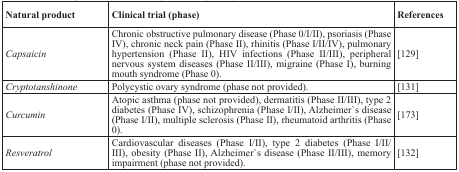
| Natural product | Clinical trial (phase) | References |
 | --- | --- | --- |
 | Capsaicin | Chronic obstructive pulmonary disease (Phase 0/I/II), psoriasis (Phase IV), chronic neck pain (Phase II), rhinitis (Phase I/II/IV), pulmonary hypertension (Phase II), HIV infections (Phase II/III), peripheral nervous system diseases (Phase II/III), migraine (Phase I), burning mouth syndrome (Phase 0). | [129] |
 | Cryptotanshinone | Polycystic ovary syndrome (phase not provided). | [131] |
 | Curcumin | Atopic asthma (phase not provided), dermatitis (Phase II/III), type 2 diabetes (Phase IV), schizophrenia (Phase I/II), Alzheimer's disease (Phase I/II), multiple sclerosis (Phase II), rheumatoid arthritis (Phase 0). | [173] |
 | Resveratrol | Cardiovascular diseases (Phase I/II), type 2 diabetes (Phase I/II/III), obesity (Phase II), Alzheimer's disease (Phase II/III), memory impairment (phase not provided). | [132] |